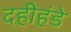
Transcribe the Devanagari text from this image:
दहीहंडे